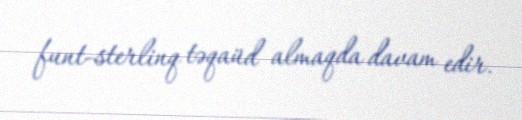
funt-sterlinq təqaüd almaqda davam edir.